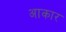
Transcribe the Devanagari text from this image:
अाकार